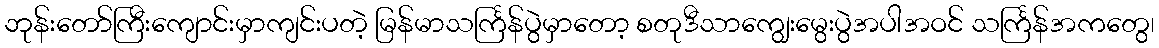
ဘုန်းတော်ကြီးကျောင်းမှာကျင်းပတဲ့ မြန်မာသင်္ကြန်ပွဲမှာတော့ စတုဒီသာကျွေးမွေးပွဲအပါအဝင် သင်္ကြန်အကတွေ၊